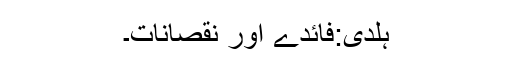
ہلدی:فائدے اور نقصانات۔